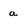
Character: a